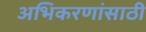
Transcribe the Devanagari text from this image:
अभिकरणांसाठी